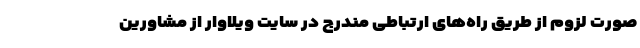
صورت لزوم از طریق راه‌های ارتباطی مندرج در سایت ویلاوار از مشاورین